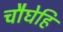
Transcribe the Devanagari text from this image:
चौघेहि